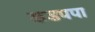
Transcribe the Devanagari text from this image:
कडपपा